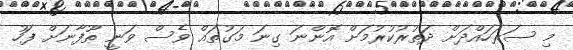
މި ސަރަހައްދަށް ދަތުރުކުރުމަށް އޮންނަ ގިނަ މަގުތައް ވެސް ވަނީ ތޫފާނަށް ފަހު